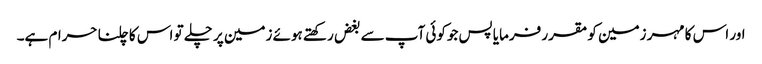
اور اس کا مہر زمین کو مقرر فرمایا پس جوکوئی آپ سے بغض رکھتے ہوئے زمین پر چلے تو اس کا چلنا حرام ہے۔